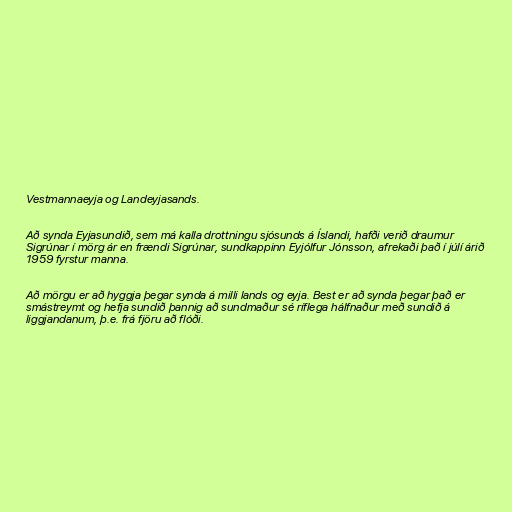
Vestmannaeyja og Landeyjasands.

Að synda Eyjasundið, sem má kalla drottningu sjósunds á Íslandi, hafði verið draumur
Sigrúnar í mörg ár en frændi Sigrúnar, sundkappinn Eyjólfur Jónsson, afrekaði það í júlí árið
1959 fyrstur manna.

Að mörgu er að hyggja þegar synda á milli lands og eyja. Best er að synda þegar það er
smástreymt og hefja sundið þannig að sundmaður sé ríflega hálfnaður með sundið á
liggjandanum, þ.e. frá fjöru að flóði.